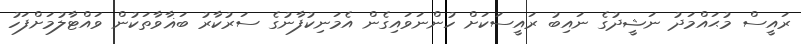
ރައީސް މުޙައްމަދު ނަޝީދުގެ ނައިބު ރައީސަކަށް ހުންނަވައިގެން އެމަނިކުފާނުގެ ސަރުކާރު ބަޣާވާތަކުން ވައްޓާލުމަށްފަހު